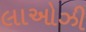
લાઓઝી